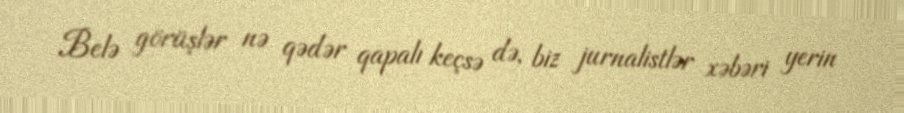
Belə görüşlər nə qədər qapalı keçsə də, biz jurnalistlər xəbəri yerin